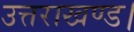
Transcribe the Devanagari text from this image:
उत्तराखण्ड।